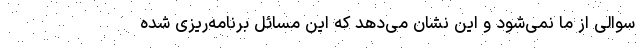
سوالی از ما نمی‌شود و این نشان می‌دهد که این مسائل برنامه‌ریزی شده